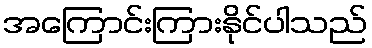
အကြောင်းကြားနိုင်ပါသည်